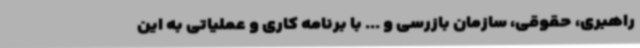
راهبری، حقوقی، سازمان بازرسی و ... با برنامه کاری و عملیاتی به این